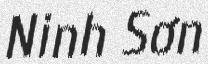
Ninh Sơn